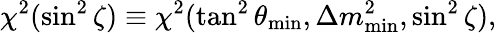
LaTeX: \chi^{2}(\sin^{2}\zeta)\equiv\chi^{2}(\tan^{2}\theta_{\mathrm{min}},\Delta m_{\mathrm{min}}^{2},\sin^{2}\zeta),